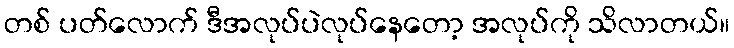
တစ် ပတ်လောက် ဒီအလုပ်ပဲလုပ်နေတော့ အလုပ်ကို သိလာတယ်။